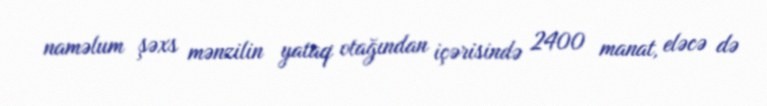
naməlum şəxs mənzilin yataq otağından içərisində 2400 manat, eləcə də